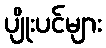
ပျိုးပင်များ